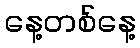
နေ့တစ်နေ့